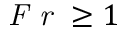
\textit { F r } \geq 1